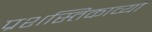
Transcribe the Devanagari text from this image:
प्रशस्तिकाव्यों